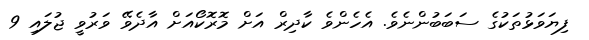
ފިޔަވަޅުތަކުގެ ސަބަބުންނެވެ. އެހެންވެ ކާދިރް އަށް މޮރޮކޯއަށް އާދެވޭ ވަރުވީ ޖުލައި 9